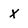
Character: X